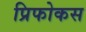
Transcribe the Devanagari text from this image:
प्रिफोकस